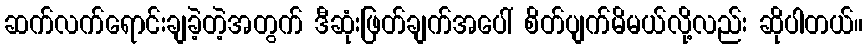
ဆက်လက်ရောင်းချခဲ့တဲ့အတွက် ဒီဆုံးဖြတ်ချက်အပေါ် စိတ်ပျက်မိမယ်လို့လည်း ဆိုပါတယ်။